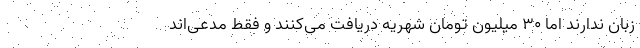
زبان ندارند اما 30 میلیون تومان شهریه دریافت می‌کنند و فقط مدعی‌اند